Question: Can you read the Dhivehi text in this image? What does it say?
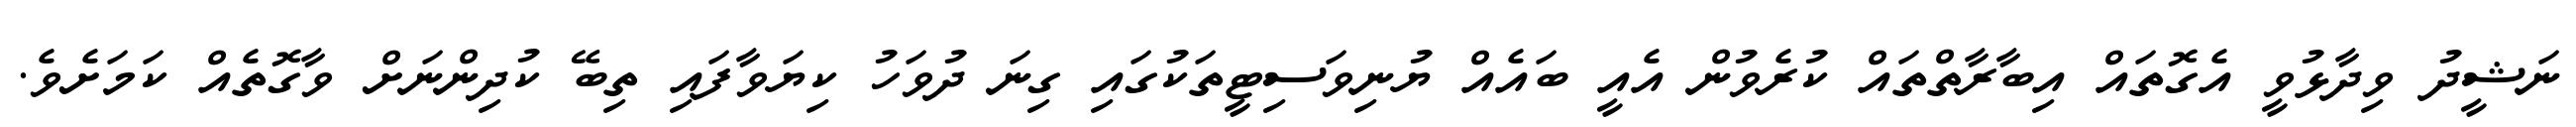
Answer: ނަޝީދު ވިދާޅުވީ އެގޮތައް އިބާރާތްތައް ކުރެވުން އެއީ ބައެއް ޔުނިވަސިޓީތަކުގައި ގިނަ ދުވަހު ކިޔަވާފައި ތިބޭ ކުދިންނަށް ވާގޮތެއް ކަމަށެވެ.